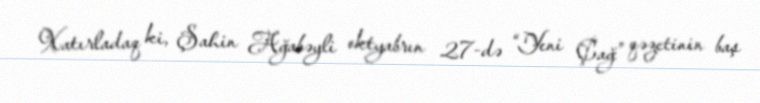
Xatırladaq ki, Şahin Ağabəyli oktyabrın 27-də “Yeni Çağ” qəzetinin baş